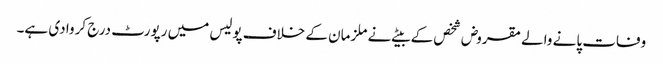
وفات پانے والے مقروض شخص کے بیٹے نے ملزمان کے خلاف پولیس میں رپورٹ درج کروا دی ہے۔